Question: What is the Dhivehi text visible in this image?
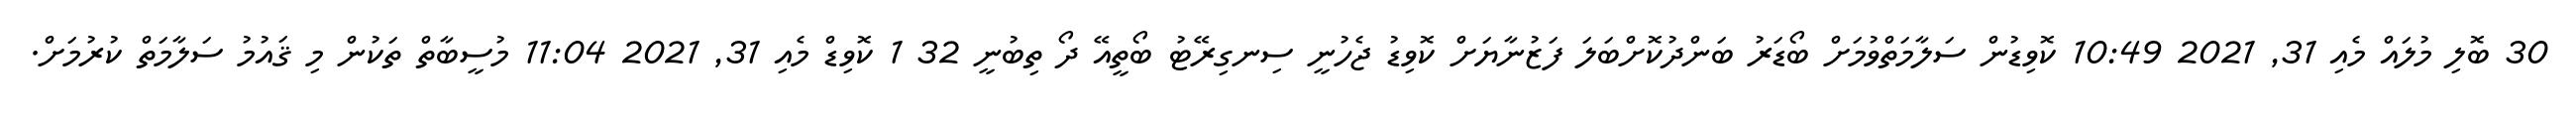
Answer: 30 ބޮލި މުލައް މެއި 31, 2021 10:49 ކޮވިޑުން ސަލާމަތްވުމަށް ބޯޑަރު ބަންދުކޮށްބަލަ ފަޒުނާޔަށް ކޮވިޑު ޖެހުނީ ސިނގިރޭޓު ބޯތީއޭ ދޯ ތިބުނީ 32 1 ކޮވިޑް މެއި 31, 2021 11:04 މުސީބާތް ތަކުން މި ޤައުމު ސަލާމަތް ކުރުމަށް.